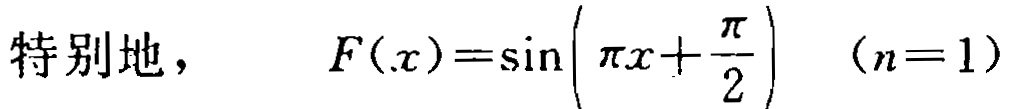
特别地，\(F(x)=\sin\left(\pi x+\frac{\pi}{2}\right)\ (n = 1)\)